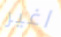
اغير